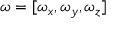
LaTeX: { \boldsymbol { \omega } } = [ \omega _ { x } , \omega _ { y } , \omega _ { z } ]